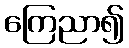
ကြေညာ၍